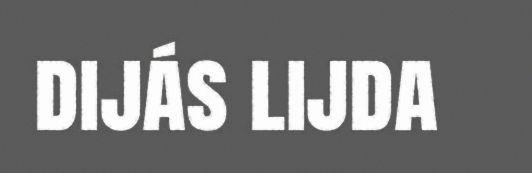
dijás lijda